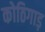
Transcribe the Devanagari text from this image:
कोठिगाड़